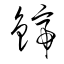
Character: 鍗